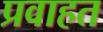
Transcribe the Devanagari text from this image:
प्रवाहत